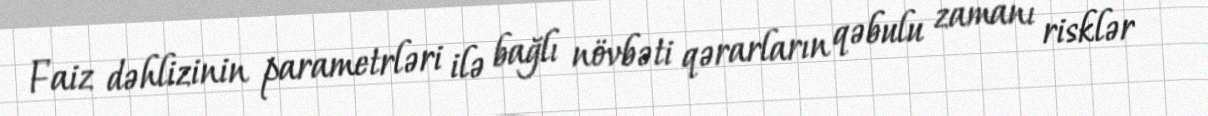
Faiz dəhlizinin parametrləri ilə bağlı növbəti qərarların qəbulu zamanı risklər